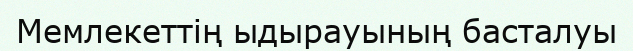
Мемлекеттің ыдырауының басталуы